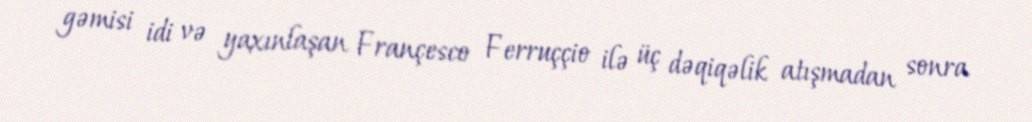
gəmisi idi və yaxınlaşan Françesco Ferruççio ilə üç dəqiqəlik atışmadan sonra